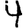
Digit: 4